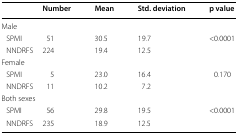
<table><thead><tr><td></td><td><b>Number</b></td><td><b>Mean</b></td><td><b>Std. deviation</b></td><td><b>p value</b></td></tr></thead><tbody><tr><td colspan="5">Male</td></tr><tr><td> SPMI</td><td>51</td><td>30.5</td><td>19.7</td><td>&lt;0.0001</td></tr><tr><td> NNDRFS</td><td>224</td><td>19.4</td><td>12.5</td><td></td></tr><tr><td colspan="5">Female</td></tr><tr><td> SPMI</td><td>5</td><td>23.0</td><td>16.4</td><td>0.170</td></tr><tr><td> NNDRFS</td><td>11</td><td>10.2</td><td>7.2</td><td></td></tr><tr><td colspan="5">Both sexes</td></tr><tr><td> SPMI</td><td>56</td><td>29.8</td><td>19.5</td><td>&lt;0.0001</td></tr><tr><td> NNDRFS</td><td>235</td><td>18.9</td><td>12.5</td><td></td></tr></tbody></table>